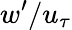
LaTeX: w^{\prime}/u_{\tau}